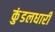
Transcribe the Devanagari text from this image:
कुंडलधारी